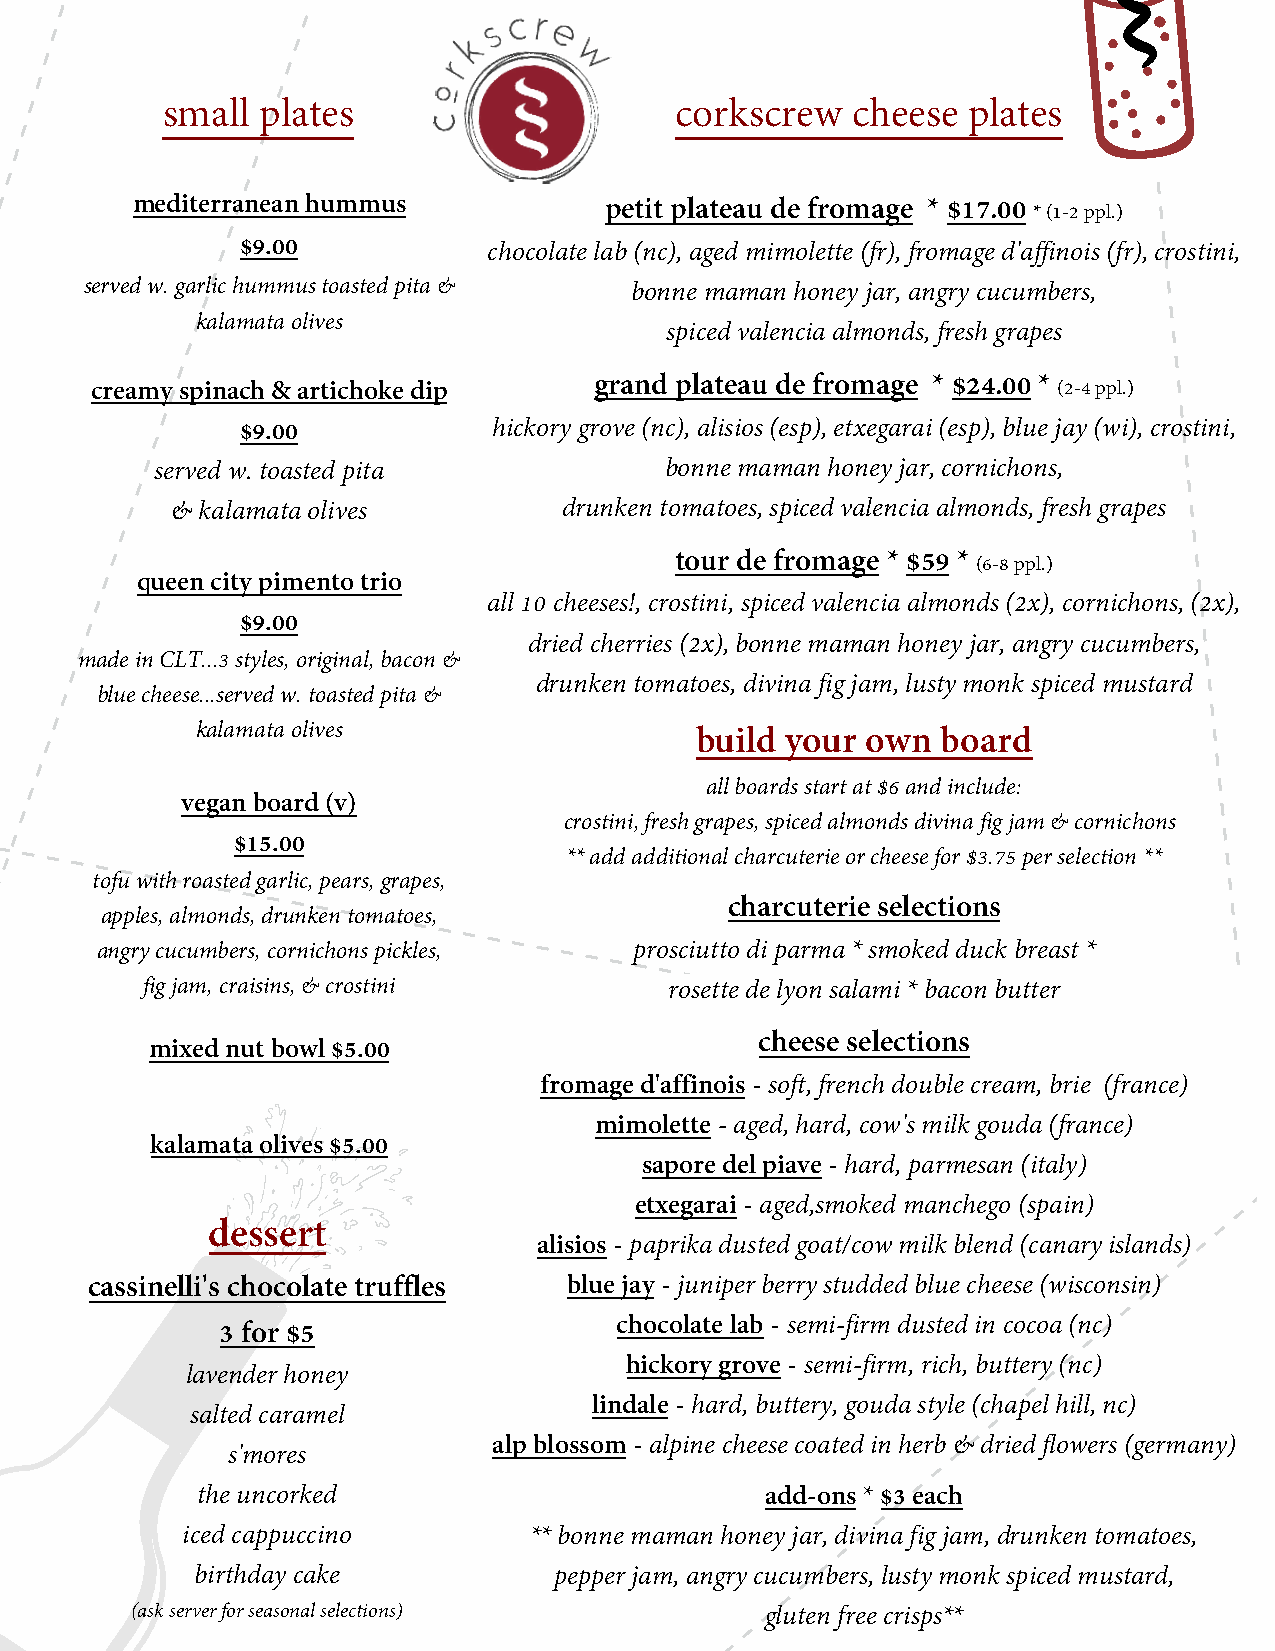
small  plates                        corkscrew   cheese  boards
 small plates                      corkscrew  cheese  plates
 mediterranean hummus           petit plateau de fromage * $17.00
 * (1-2 ppl.)
 $9.00           chocolate lab (nc), aged mimolette (fr), fromage d'affinois (fr), crostini,
 served w. garlic hummus toasted pita & bonne maman honey jar, angry cucumbers,
 kalamata olives
 spiced valencia almonds, fresh grapes
 creamy spinach & artichoke dip
 grand plateau de fromage * $24.00 *
 (2-4 ppl.)
 $9.00            hickory grove (nc), alisios (esp), etxegarai (esp), blue jay (wi), crostini,
 served w. toasted pita            bonne maman honey jar, cornichons,
 & kalamata olives         drunken tomatoes, spiced valencia almonds, fresh grapes
 tour de fromage * $59 *
 (6-8 ppl.)
 queen city pimento trio
 all 10 cheeses!, crostini, spiced valencia almonds (2x), cornichons, (2x),
 $9.00
 dried cherries (2x), bonne maman honey jar, angry cucumbers,
 made in CLT...3 styles, original, bacon &
 drunken tomatoes, divina fig jam, lusty monk spiced mustard
 blue cheese...served w. toasted pita &
 kalamata olives                  build your own  board
 all boards start at $6 and include:
 vegan board (v)
 crostini, fresh grapes, spiced almonds divina fig jam & cornichons
 $15.00
 ** add additional charcuterie or cheese for $3.75 per selection **
 tofu with roasted garlic, pears, grapes,
 charcuterie selections
 apples, almonds, drunken tomatoes,
 angry cucumbers, cornichons pickles, prosciutto di parma * smoked duck breast *
 fig jam, craisins, & crostini      rosette de lyon salami * bacon butter
 cheese selections
 mixed nut bowl $5.00
 fromage d'affinois - soft, french double cream, brie (france)
 mimolette - aged, hard, cow's milk gouda (france)
 kalamata olives $5.00
 sapore del piave - hard, parmesan (italy)
 etxegarai - aged,smoked manchego (spain)
 dessert
 alisios - paprika dusted goat/cow milk blend (canary islands)
 cassinelli's chocolate truffles blue jay - juniper berry studded blue cheese (wisconsin)
 3 for $5                  chocolate lab - semi-firm dusted in cocoa (nc)
 hickory grove - semi-firm, rich, buttery (nc)
 lavender honey
 lindale - hard, buttery, gouda style (chapel hill, nc)
 salted caramel
 alp blossom - alpine cheese coated in herb & dried flowers (germany)
 s'mores
 the uncorked                          add-ons * $3 each
 iced cappuccino        ** bonne maman honey jar, divina fig jam, drunken tomatoes,
 birthday cake           pepper jam, angry cucumbers, lusty monk spiced mustard,
 (ask server for seasonal selections)      gluten free crisps**